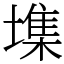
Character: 㙫